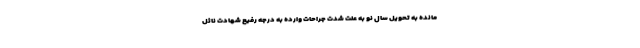
مانده به تحویل سال نو به علت شدت جراحات وارده به درجه رفیع شهادت نائل